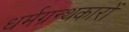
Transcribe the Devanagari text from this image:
धर्मग्रन्थकारों